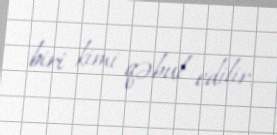
biri kimi qəbul edilir.